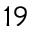
^ { 1 9 }